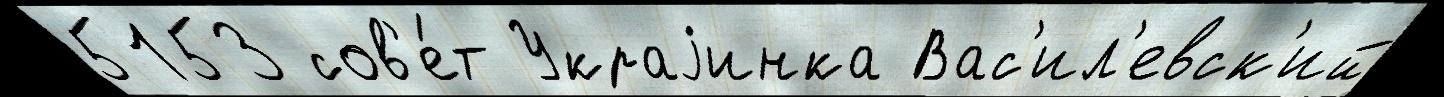
5153 сов'е́т Украjинка Вас'ил'евск'ий